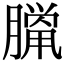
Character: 𦠼